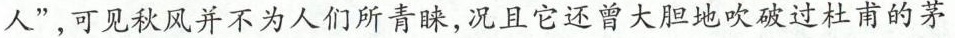
人”，可见秋风并不为人们所青睐，况且它还曾大胆地吹破过杜甫的茅